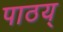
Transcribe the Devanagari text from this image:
पाठय्